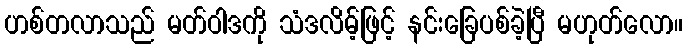
ဟစ်တလာသည် မတ်ဝါဒကို သံဒလိမ့်ဖြင့် နင်းခြေပစ်ခဲ့ပြီ မဟုတ်လော။